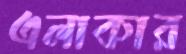
এলাকার